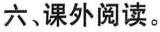
六，课外阅读。